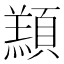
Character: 䫞